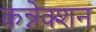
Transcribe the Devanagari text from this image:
कन्नेक्शन